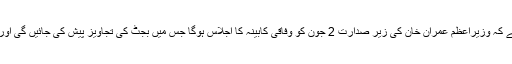
نجی ٹی وی جیونیوز نے ذرائع کے حوالے سے کہاہے کہ وزیراعظم عمران خان کی زیر صدارت 2 جون کو وفاقی کابینہ کا اجلاس ہوگا جس میں بجٹ کی تجاویز پیش کی جائیں گی اور پھر اسے 12 جون کو اسمبلی میں پیش کیا جائے گا۔